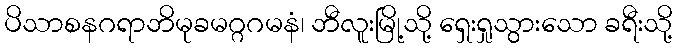
ပိသာစနဂရာဘိမုခမဂ္ဂဂမနံ၊ ဘီလူးမြို့သို့ ရှေးရှုသွားသော ခရီးသို့